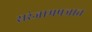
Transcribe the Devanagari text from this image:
सरंजामपञात